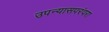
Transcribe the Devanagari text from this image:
उपन्यासपरंपरा